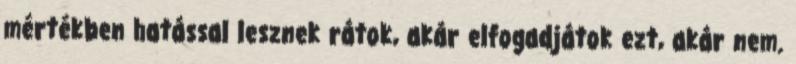
mértékben hatással lesznek rátok, akár elfogadjátok ezt, akár nem.